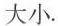
大小.